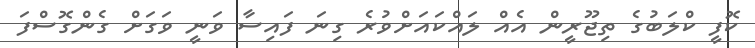
ކޮފީ ކްލަބުގެ ތިޖޫރީން އެއް ލައްކައަށްވުރެ ގިނަ ފައިސާ ވަނީ ވަގަށް ގެންގޮސްފަ